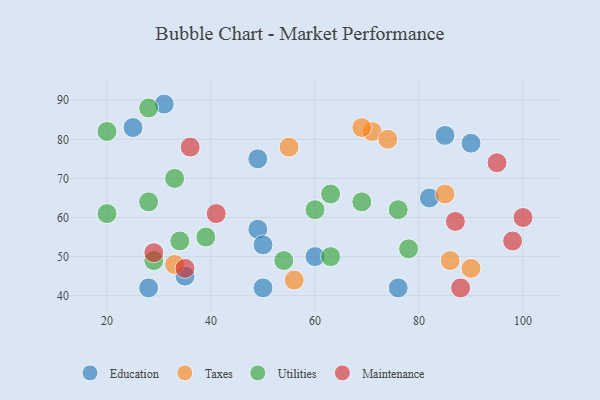
{"axis": {"x": "GDP", "y": "Life Expectancy"}, "legend": ["Education", "Maintenance", "Taxes", "Utilities"], "data": [{"x": "85", "y": 81, "type": "Education"}, {"x": "49", "y": 57, "type": "Education"}, {"x": "90", "y": 79, "type": "Education"}, {"x": "82", "y": 65, "type": "Education"}, {"x": "76", "y": 42, "type": "Education"}, {"x": "49", "y": 75, "type": "Education"}, {"x": "25", "y": 83, "type": "Education"}, {"x": "35", "y": 45, "type": "Education"}, {"x": "60", "y": 50, "type": "Education"}, {"x": "50", "y": 53, "type": "Education"}, {"x": "28", "y": 42, "type": "Education"}, {"x": "31", "y": 89, "type": "Education"}, {"x": "50", "y": 42, "type": "Education"}, {"x": "86", "y": 49, "type": "Taxes"}, {"x": "85", "y": 66, "type": "Taxes"}, {"x": "33", "y": 48, "type": "Taxes"}, {"x": "71", "y": 82, "type": "Taxes"}, {"x": "74", "y": 80, "type": "Taxes"}, {"x": "69", "y": 83, "type": "Taxes"}, {"x": "90", "y": 47, "type": "Taxes"}, {"x": "56", "y": 44, "type": "Taxes"}, {"x": "55", "y": 78, "type": "Taxes"}, {"x": "78", "y": 52, "type": "Utilities"}, {"x": "63", "y": 50, "type": "Utilities"}, {"x": "69", "y": 64, "type": "Utilities"}, {"x": "54", "y": 49, "type": "Utilities"}, {"x": "20", "y": 61, "type": "Utilities"}, {"x": "33", "y": 70, "type": "Utilities"}, {"x": "28", "y": 64, "type": "Utilities"}, {"x": "29", "y": 49, "type": "Utilities"}, {"x": "39", "y": 55, "type": "Utilities"}, {"x": "60", "y": 62, "type": "Utilities"}, {"x": "28", "y": 88, "type": "Utilities"}, {"x": "63", "y": 66, "type": "Utilities"}, {"x": "34", "y": 54, "type": "Utilities"}, {"x": "76", "y": 62, "type": "Utilities"}, {"x": "20", "y": 82, "type": "Utilities"}, {"x": "41", "y": 61, "type": "Maintenance"}, {"x": "36", "y": 78, "type": "Maintenance"}, {"x": "100", "y": 60, "type": "Maintenance"}, {"x": "29", "y": 51, "type": "Maintenance"}, {"x": "87", "y": 59, "type": "Maintenance"}, {"x": "95", "y": 74, "type": "Maintenance"}, {"x": "98", "y": 54, "type": "Maintenance"}, {"x": "35", "y": 47, "type": "Maintenance"}, {"x": "88", "y": 42, "type": "Maintenance"}]}